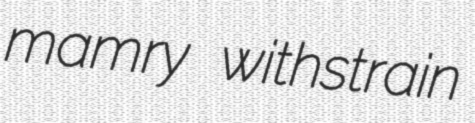
mamry withstrain